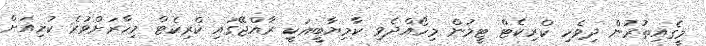
މީގެއިތުރުން ދިވެހި ކްރިކެޓް ޓީމުން މިހޯއްދެވި ކާމިޔާބީއަކީ ރާއްޖޭގައި ކްރިކެޓް މިހާރަށްވުރެ ކުރިއަށް